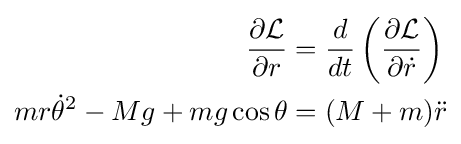
{\begin{aligned}{\frac {\partial {\mathcal {L}}}{\partial r}}&={\frac {d}{dt}}\left({\frac {\partial {\mathcal {L}}}{\partial {\dot {r}}}}\right)\\mr{\dot {\theta }}^{2}-Mg+mg\cos {\theta }&=(M+m){\ddot {r}}\end{aligned}}